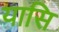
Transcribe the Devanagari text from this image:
यासि